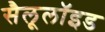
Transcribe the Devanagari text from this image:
सैलूलॉइड